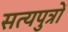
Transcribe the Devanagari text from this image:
सत्यपुत्रों